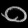
Digit: ၀